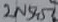
Text: 2N5457